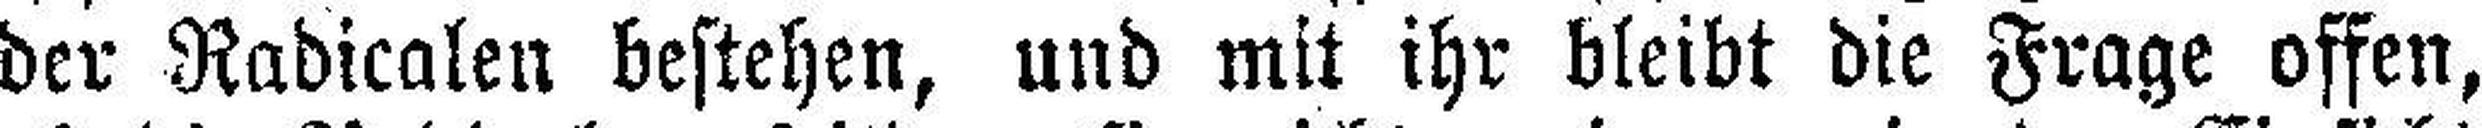
der Radicalen bestehen, und mit ihr bleibt die Frage offen,